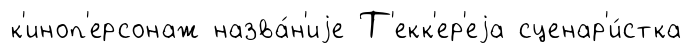
к'иноп'ерсонаж назва́н'иjе Т'екк'ер'еjа сценар'и́стка